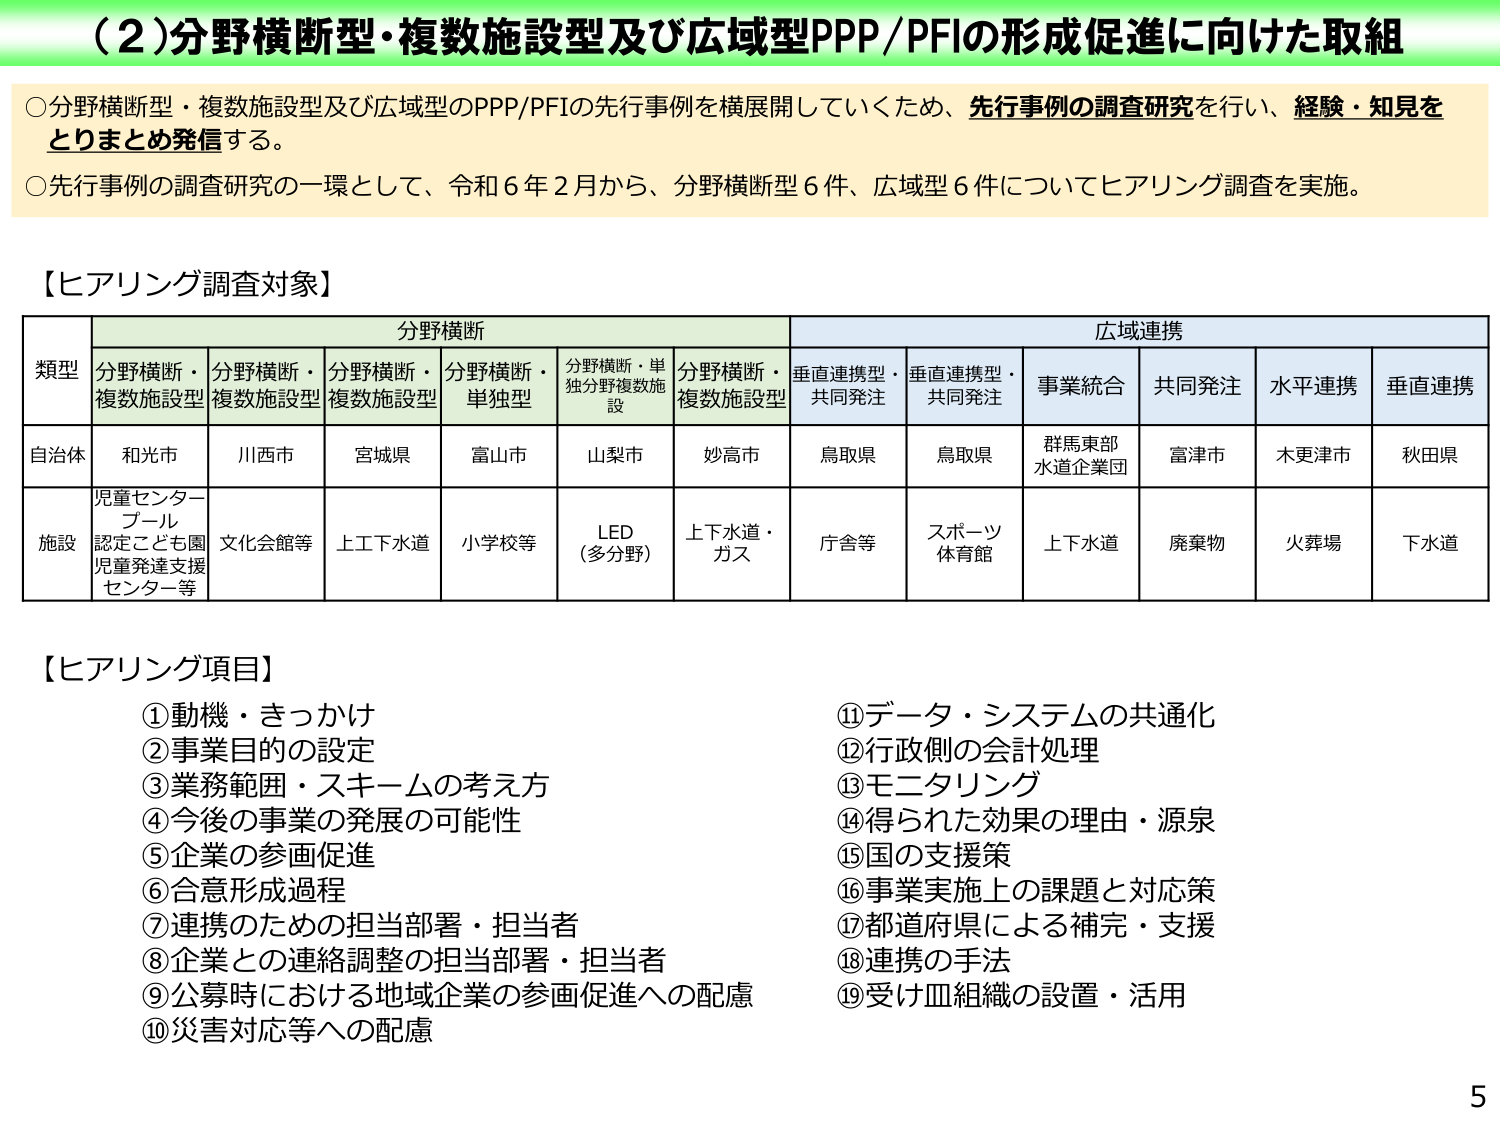
（2）分野横断型・複数施設型及び広域型PPP/PFIの形成促進に向けた取組

○分野横断型・複数施設型及び広域型のPPP/PFIの先行事例を横展開していくため、先行事例の調査研究を行い、経験・知見をとりまとめ発信する。

○先行事例の調査研究の一環として、令和6年2月から、分野横断型6件、広域型6件についてヒアリング調査を実施。

【ヒアリング調査対象】

| 項目 | 分野横断 | 広域連携 |
|------|----------|----------|
| | 分野横断・複数施設型 | 分野横断・複数施設型 | 分野横断・複数施設型 | 分野横断・単独型 | 分野横断・単独分野複数施設 | 分野横断・複数施設型 | 垂直連携型・共同発注 | 垂直連携型・共同発注 | 事業統合 | 共同発注 | 水平連携 | 垂直連携 |
| 自治体 | 和光市 | 川西市 | 宮城県 | 富山市 | 山梨市 | 妙高市 | 鳥取県 | 鳥取県 | 群馬東部水道企業団 | 富津市 | 木更津市 | 秋田県 |
| 施設 | 児童センターブール認定こども園児童発達支援センター等 | 文化会館等 | 上下水道 | 小学校等 | LED（多分野） | 上下水道・ガス | 庁舎等 | スポーツ体育館 | 上下水道 | 廃棄物 | 火葬場 | 下水道 |

【ヒアリング項目】

①動機・きっかけ
②事業目的の設定
③業務範囲・スキームの考え方
④今後の事業の発展の可能性
⑤企業の参画促進
⑥合意形成過程
⑦連携のための担当部署・担当者
⑧企業との連絡調整の担当部署・担当者
⑨公募時における地域企業の参画促進への配慮
⑩災害対応等への配慮
⑪データ・システムの共通化
⑫行政側の会計処理
⑬モニタリング
⑭得られた効果の理由・源泉
⑮国の支援策
⑯事業実施上の課題と対応策
⑰都道府県による補完・支援
⑱連携の手法
⑲受け皿組織の設置・活用

5